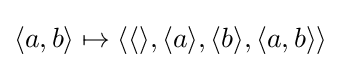
\langle a,b\rangle \mapsto \langle \langle \rangle ,\langle a\rangle ,\langle b\rangle ,\langle a,b\rangle \rangle